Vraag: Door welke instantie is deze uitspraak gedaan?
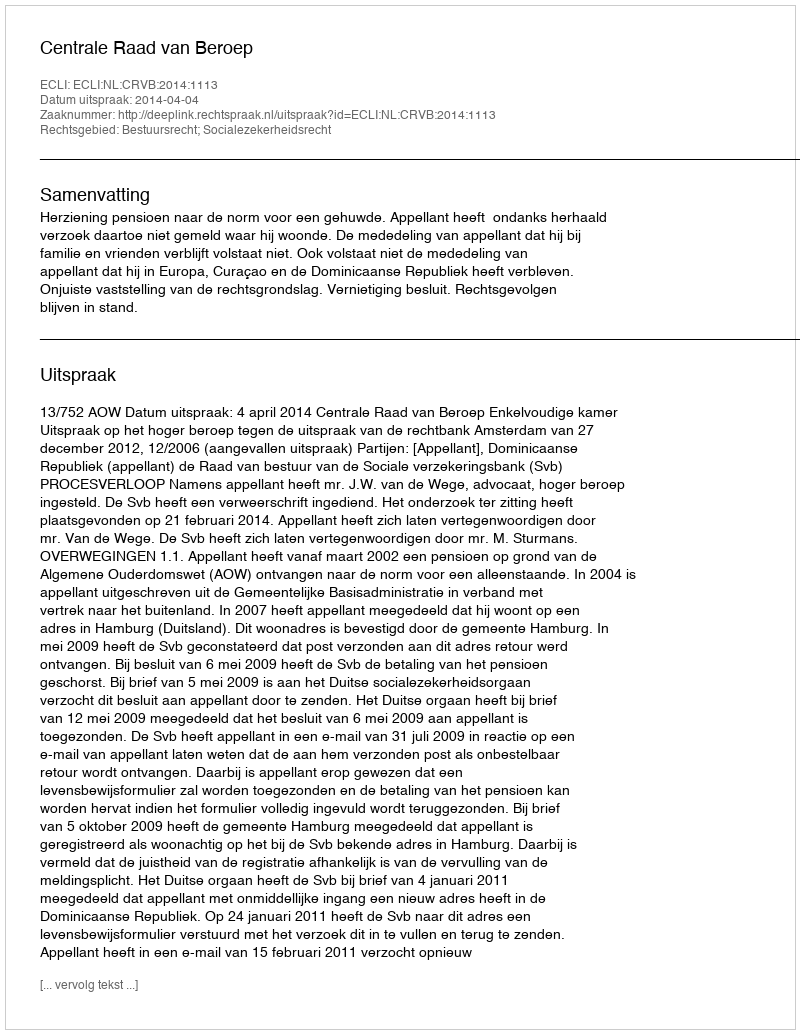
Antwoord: Centrale Raad van Beroep